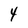
Character: 4